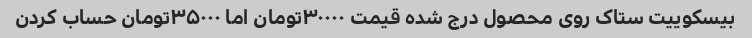
بیسکوییت ستاک روی محصول درج شده قیمت ۳۰۰۰۰تومان اما ۳۵۰۰۰تومان حساب کردن